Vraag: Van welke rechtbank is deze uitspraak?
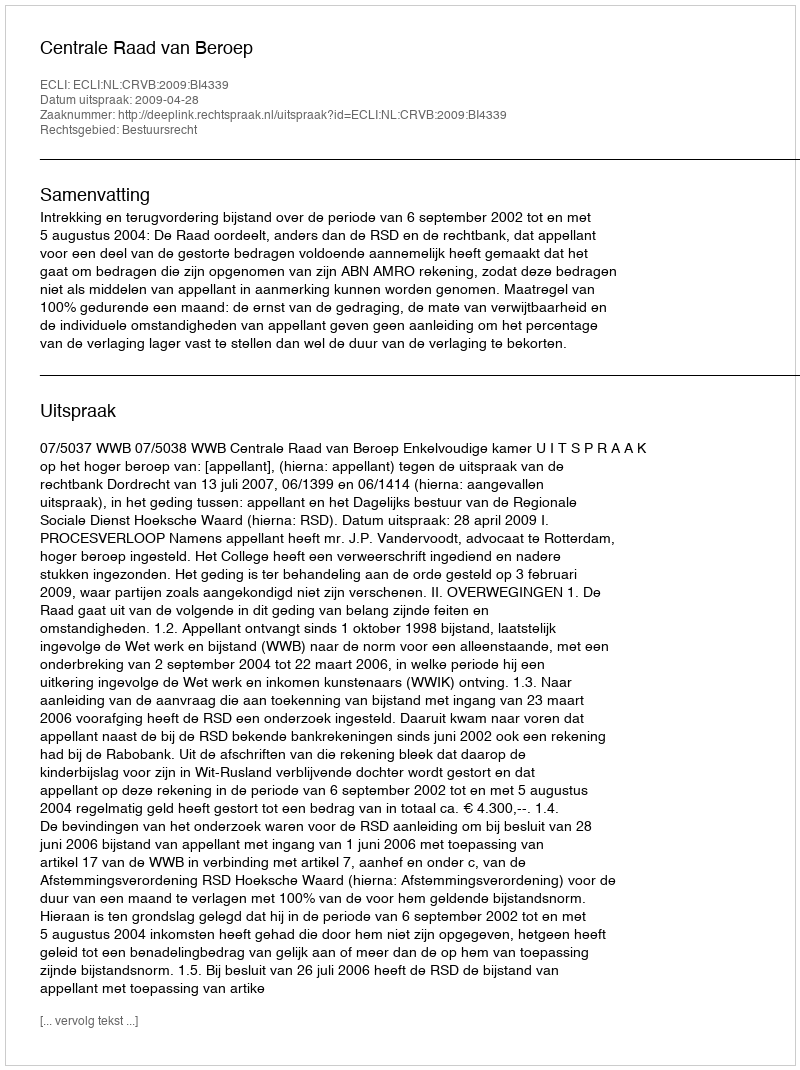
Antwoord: Centrale Raad van Beroep